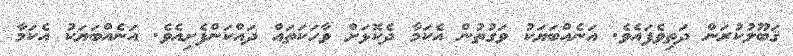
ޤަބޫލުކުރަން ދަތިވެފައެވެ. އަނެއްބަޔަކު ވަގުތުން އެކަމާ ދެކޮޅަށް ވާހަކަތައް ދައްކަންފެށިއެވެ. އަނެއްބަޔަކު އެކަމާ